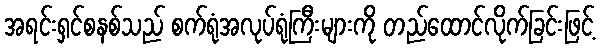
အရင်းရှင်စနစ်သည် စက်ရုံအလုပ်ရုံကြီးများကို တည်ထောင်လိုက်ခြင်းဖြင့်